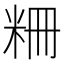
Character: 粣